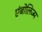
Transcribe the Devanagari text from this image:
एंबोलिज्म